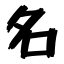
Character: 名